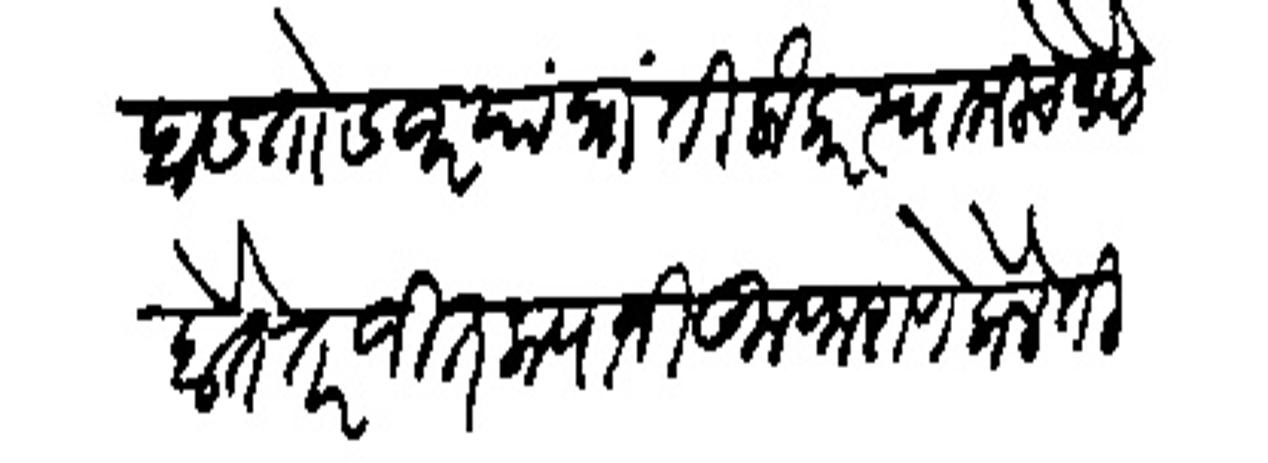
Transliteration (Devanagari): ताबडतोब जर या प्रांती लौकर स्वामीचे पेणे होते तर जितबयानी कुफराणे केले तीत्क्यानी